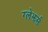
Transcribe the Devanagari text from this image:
ग्लेझर्स